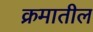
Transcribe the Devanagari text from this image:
क्रमातील